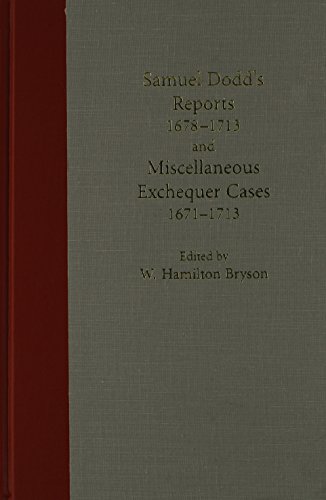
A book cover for Samuel Dodd's Reports 1678-1713 and Miscellaneous Exchequer Cases 1671-1713; Samuel Dodd; Law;